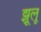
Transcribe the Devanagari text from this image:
झूलू